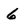
Character: 6